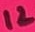
Text: 12